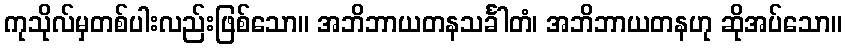
ကုသိုလ်မှတစ်ပါးလည်းဖြစ်သော။ အဘိဘာယတနသင်္ခါတံ၊ အဘိဘာယတနဟု ဆိုအပ်သော။